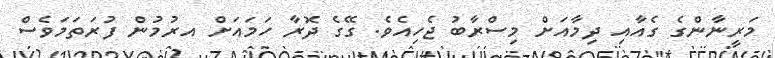
މަރީނާންގެ ގެއާއި ދިމާއަށް މިސްރާބު ޖެހިއެވެ. ގޭގެ ދޮރާ ހަމައަށް އރުމުން ފުރަތަމަވެސް